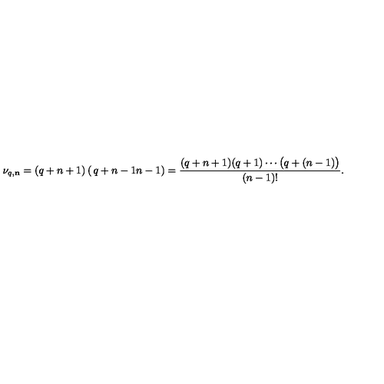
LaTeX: \nu _ { q , { \bf n } } = ( q + n + 1 ) \left( \begin{matrix} { q + n - 1 } \\ { n - 1 } \\ \end{matrix} \right) = { \frac { ( q + n + 1 ) ( q + 1 ) \cdots \bigl ( q + ( n - 1 ) \bigr ) } { ( n - 1 ) ! } } .